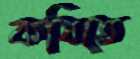
কষিতে